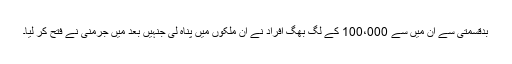
بدقسمتی سے ان میں سے 100،000 کے لگ بھگ افراد نے ان ملکوں میں پناہ لی جنہیں بعد میں جرمنی نے فتح کر لیا۔